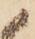
候